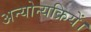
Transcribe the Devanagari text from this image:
अन्योन्यक्रियें।